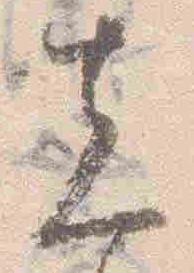
先